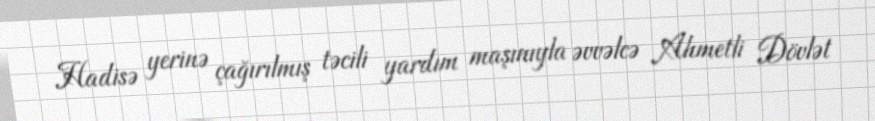
Hadisə yerinə çağırılmış təcili yardım maşınıyla əvvəlcə Ahmetli Dövlət